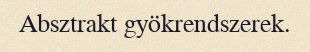
Absztrakt gyökrendszerek.